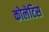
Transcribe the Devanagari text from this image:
कोलेटिस